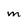
Character: M